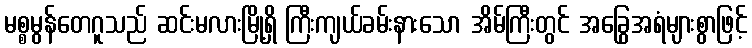
မစ္စမွန်တေဂူသည် ဆင်းမလားမြို့ရှိ ကြီးကျယ်ခမ်းနားသော အိမ်ကြီးတွင် အခြွေအရံများစွာဖြင့်